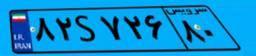
۸۲S۷۲۶۸۰